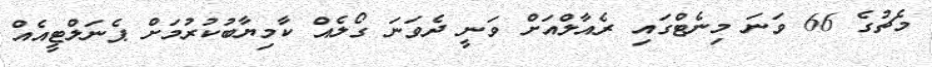
މެޗުގެ 66 ވަނަ މިނެޓްގައި ރެއާލްއަށް ވަނީ ދެވަނަ ގޯލެއް ކާމިޔާބުކުރުމަށް ޕެނަލްޓީއެއް